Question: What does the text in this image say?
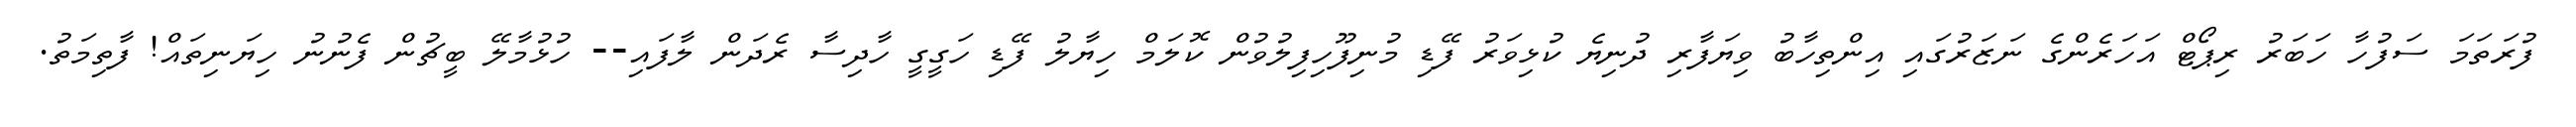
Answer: ފުރަތަމަ ސަފުހާ ހަބަރު ރިޕޯޓް އަހަރެންގެ ނަޒަރުގައި އިންތިހާބު ވިޔަފާރި ދުނިޔެ ކުޅިވަރު ފޭޑި މުނިފޫހިފިލުވުން ކޮލަމް ހިޔާލު ފޭޑި ހަގީގީ ހާދިސާ ރެދަން ލާފައި-- ހުޅުމާލޭ ބީޗުން ފެނުނު ހިޔަނިތައް! ފާތިމަތު.